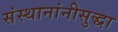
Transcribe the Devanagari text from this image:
संस्थानांनीसुद्धा